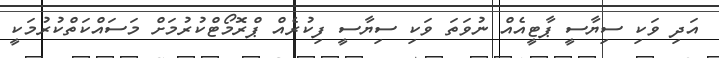
އަދި ވަކި ސިޔާސީ ޕާޓީއެއް ނުވަތަ ވަކި ސިޔާސީ ފިކުރެއް ޕްރޮމޯޓްކުރުމަށް މަސައްކަތްކުރުމަކީ